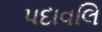
પદાવલિ